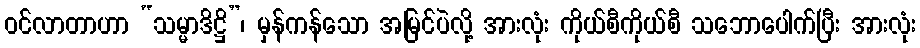
ဝင်လာတာဟာ “သမ္မာဒိဋ္ဌိ”၊ မှန်ကန်သော အမြင်ပဲလို့ အားလုံး ကိုယ်စီကိုယ်စီ သဘောပေါက်ပြီး အားလုံး